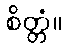
စိတ္တံ။